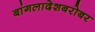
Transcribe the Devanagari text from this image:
बांगलादेशबरोबर